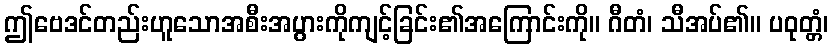
ဤဗေဒင်တည်းဟူသောအစီးအပွားကိုကျင့်ခြင်း၏အကြောင်းကို။ ဂီတံ၊ သီအပ်၏။ ပဝုတ္တံ၊